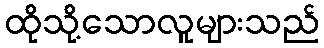
ထိုသို့သောလူများသည်